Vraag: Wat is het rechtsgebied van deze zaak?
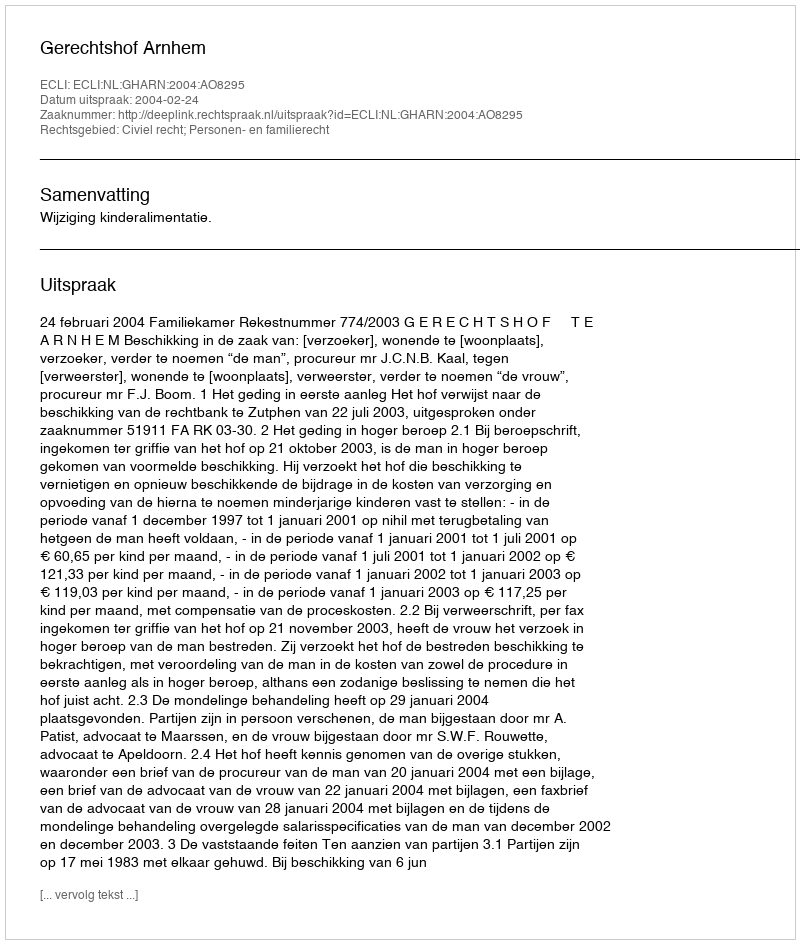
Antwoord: Civiel recht; Personen- en familierecht